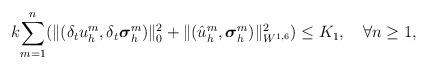
LaTeX: \begin{align*} k \underset{m=1}{\overset{n}{\sum}}(\Vert (\delta_t {u}^m_h, \delta_t {\boldsymbol \sigma}^m_h)\Vert_{0}^2 + \Vert (\hat{u}^m_h,{\boldsymbol \sigma}^m_h)\Vert_{W^{1,6}}^2)\leq K_1, \ \ \ \forall n\geq 1,\end{align*}